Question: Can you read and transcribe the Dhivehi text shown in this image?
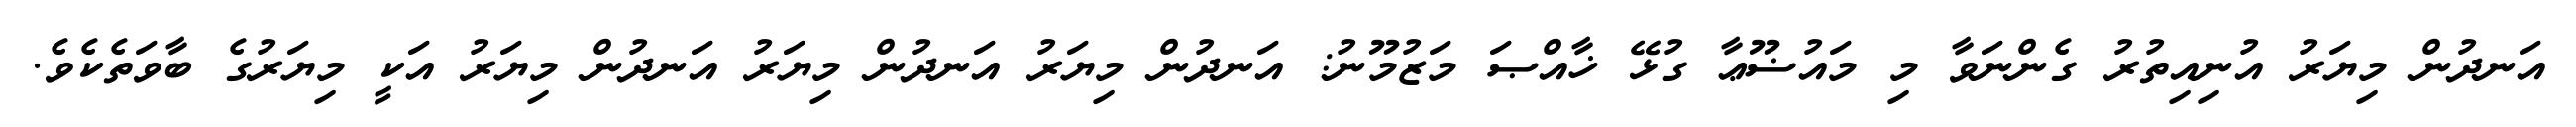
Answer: އަނދުން މިޔަރު އުނިއިތުރު ގެންނަވާ މި މައުޟޫޢާ ގުޅޭ ޚާއްޞަ މަޒުމޫނު: އަނދުން މިޔަރު އަނދުން މިޔަރު އަނދުން މިޔަރު އަކީ މިޔަރުގެ ބާވަތެކެވެ.